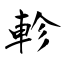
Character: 軫